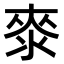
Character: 𣷚